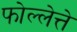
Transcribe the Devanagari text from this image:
फोल्लेत्ते